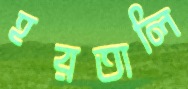
হরতালি